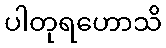
ပါတုရဟောသိ